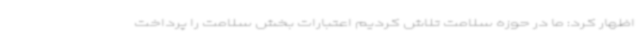
اظهار کرد: ما در حوزه سلامت تلاش کردیم اعتبارات بخش سلامت را پرداخت